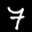
Label: 7